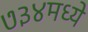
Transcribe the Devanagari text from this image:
७३४मध्ये